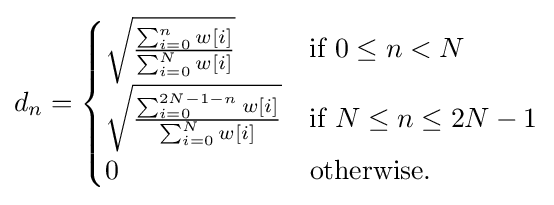
d_{n}={\begin{cases}{\sqrt {\frac {\sum _{i=0}^{n}w[i]}{\sum _{i=0}^{N}w[i]}}}&{\mbox{if }}0\leq n<N\\{\sqrt {\frac {\sum _{i=0}^{2N-1-n}w[i]}{\sum _{i=0}^{N}w[i]}}}&{\mbox{if }}N\leq n\leq 2N-1\\0&{\mbox{otherwise}}.\\\end{cases}}